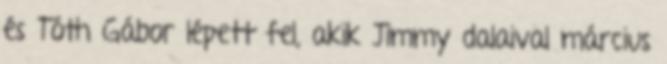
és Tóth Gábor lépett fel, akik Jimmy dalaival március